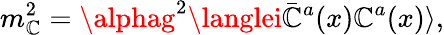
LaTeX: m_{\mathbb{C}}^{2}=\alphag^{2}\langlei\bar{{\mathbb{C}}}^{a}(x)\mathbb{C}^{a}(x)\rangle,